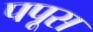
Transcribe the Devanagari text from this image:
पपूस